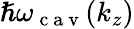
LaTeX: \hslash\omega_{\mathrm{~c~a~v~}}(k_{z})